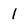
Character: l